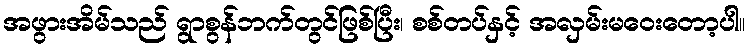
အဖွားအိမ်သည် ရွာစွန်ဘက်တွင်ဖြစ်ပြီး၊ စစ်တပ်နှင့် အလှမ်းမဝေးတော့ပါ။